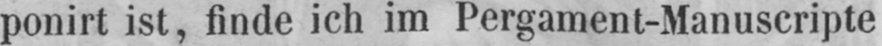
ponirt ist, finde ich im Pergament-Manuscripte